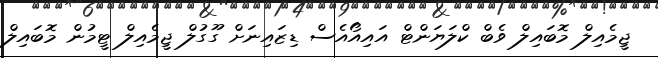
ޖީމެއިލް މޮބައިލް ވެބް ކްލަޔަންޓް އައިއޯއެސް ޑިޒައިނަށް ގޫގުލް ޖީމެއިލް ޓީމުން މޮބައިލް